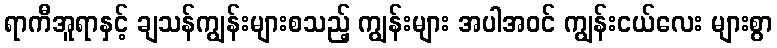
ရာကီအူရာနှင့် ချသန်ကျွန်းများစသည့် ကျွန်းများ အပါအဝင် ကျွန်းငယ်လေး များစွာ